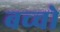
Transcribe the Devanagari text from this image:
बच्‍चो